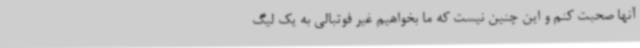
آنها صحبت کنم و این چنین نیست که ما بخواهیم غیر فوتبالی به یک لیگ